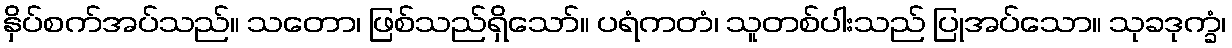
နှိပ်စက်အပ်သည်။ သတော၊ ဖြစ်သည်ရှိသော်။ ပရံကတံ၊ သူတစ်ပါးသည် ပြုအပ်သော။ သုခဒုက္ခံ၊